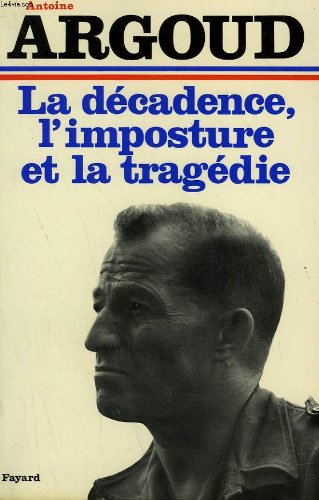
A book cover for La decadence, l'imposture et la tragedie (French Edition); Antoine Argoud; History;